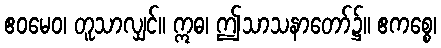
ဧဝမေဝ၊ တူသာလျှင်။ ဣဓ၊ ဤသာသနာတော်၌။ ဧကစ္စေ၊